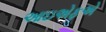
આઇએફએ